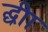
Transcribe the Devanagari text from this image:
द्घ्रीा